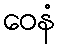
ဝေနံ